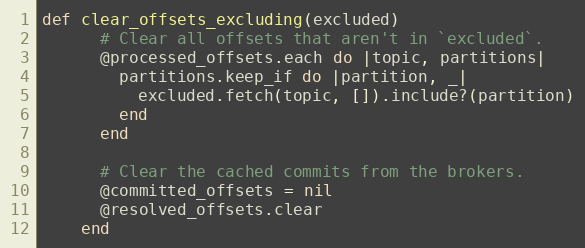
Language: Ruby
def clear_offsets_excluding(excluded)
      # Clear all offsets that aren't in `excluded`.
      @processed_offsets.each do |topic, partitions|
        partitions.keep_if do |partition, _|
          excluded.fetch(topic, []).include?(partition)
        end
      end

      # Clear the cached commits from the brokers.
      @committed_offsets = nil
      @resolved_offsets.clear
    end